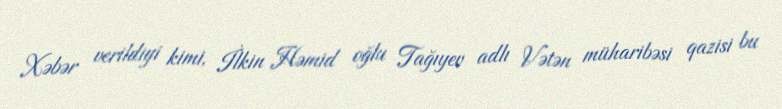
Xəbər verildiyi kimi, İlkin Həmid oğlu Tağıyev adlı Vətən müharibəsi qazisi bu